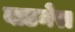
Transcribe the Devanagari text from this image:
बाडनेरा